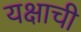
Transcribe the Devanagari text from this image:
यक्षाची